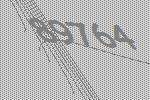
89764